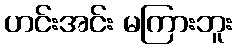
ဟင်းအင်း မကြားဘူး